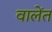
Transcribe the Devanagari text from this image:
वालेंत